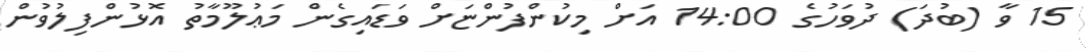
15 ވާ (ބުދަ) ދުވަހުގެ 14:00 އަށް މިކުންފުންޏަށް ވަޑައިގެން މަޢުލޫމާތު އޮޅުންފިލުވުން